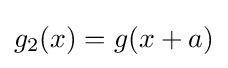
g_{2}(x)=g(x+a)